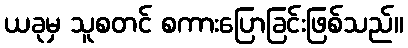
ယခုမှ သူစတင် စကားပြောခြင်းဖြစ်သည်။